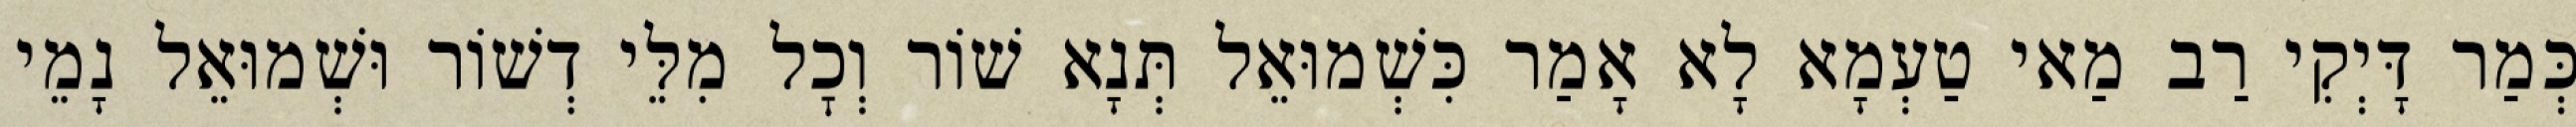
כְּמַר דָּיְקִי רַב מַאי טַעְמָא לָא אָמַר כִּשְׁמוּאֵל תְּנָא שׁוֹר וְכׇל מִלֵּי דְשׁוֹר וּשְׁמוּאֵל נָמֵי